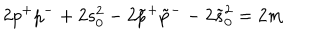
2 p ^ { + } p ^ { - } + 2 s _ { 0 } ^ { 2 } - 2 \tilde { p } ^ { + } \tilde { p } ^ { - } - 2 \tilde { s } _ { 0 } ^ { 2 } = 2 m